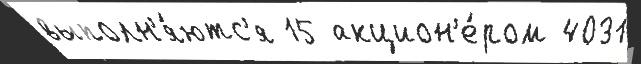
выполн'я́ютс'я 15 акцион'е́ром 4031